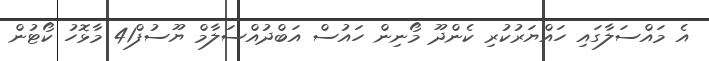
އެ މައްސަލާގައި ހައްޔަރުކުރި ކެންދޫ މޯނިން ހައުސް އަބްދުއްސަލާމް ޔޫސުފް41 މާޅޮހު ކޯޓުން